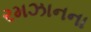
રમઝાનના